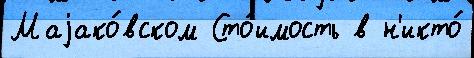
Маjако́вском Сто́имость в н'икто́